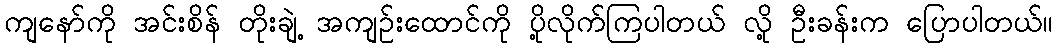
ကျနော်ကို အင်းစိန် တိုးချဲ့ အကျဉ်းထောင်ကို ပို့လိုက်ကြပါတယ် လို့ ဦးခန်းက ပြောပါတယ်။